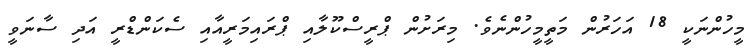
މީހުންނަކީ 18 އަހަރުން މަތީމީހުންނެވެ. މިރަށުން ޕްރީސްކޫލާއި ޕްރައިމަރީއާއި ސެކަންޑްރީ އަދި ސާނަވީ